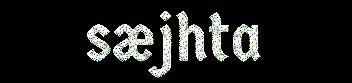
sæjhta